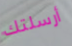
أرسلتك